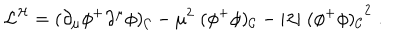
{ \cal L } ^ { \cal H } = ( \partial _ { \mu } \phi ^ { + } \partial ^ { \mu } \phi ) _ { \cal C } - \mu ^ { 2 } \; ( \phi ^ { + } \phi ) _ { \cal C } - \vert \lambda \vert \; { ( \phi ^ { + } \phi ) _ { \cal C } } ^ { 2 } \; .